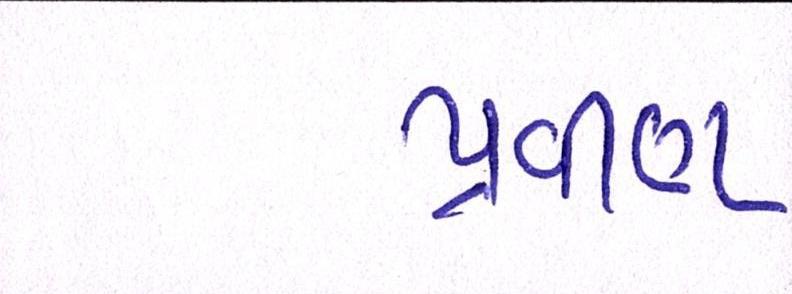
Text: પ્રવીણ